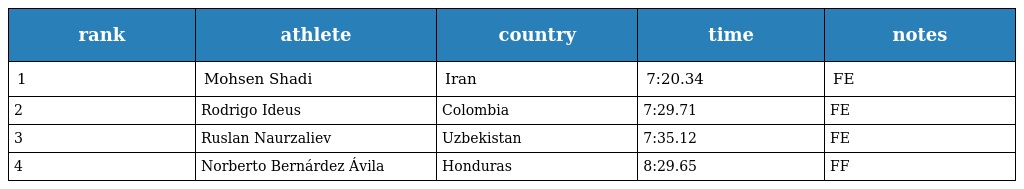
| rank | athlete | country | time | notes |
 | --- | --- | --- | --- | --- |
 | 1 | Mohsen Shadi | Iran | 7:20.34 | FE |
 | 2 | Rodrigo Ideus | Colombia | 7:29.71 | FE |
 | 3 | Ruslan Naurzaliev | Uzbekistan | 7:35.12 | FE |
 | 4 | Norberto Bernárdez Ávila | Honduras | 8:29.65 | FF |